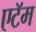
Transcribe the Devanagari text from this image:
एटॅम